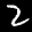
Label: 2